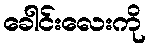
ခေါင်းလေးကို